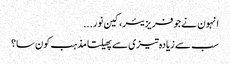
انہون نے جو فریزیئر، کین نور...
سب سے زیادہ تیزی سے پھیلتا مذہب کون سا؟